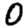
Digit: 0